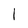
Character: I